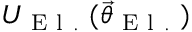
U _ { \mathrm { ~ E ~ l ~ . ~ } } ( \vec { \theta } _ { \mathrm { ~ E ~ l ~ . ~ } } )